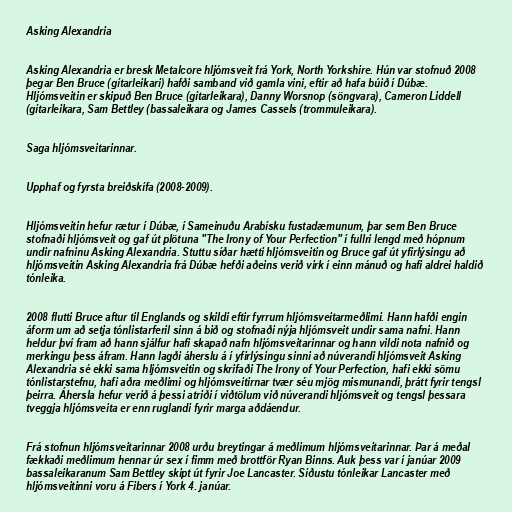
Asking Alexandria

Asking Alexandria er bresk Metalcore hljómsveit frá York, North Yorkshire. Hún var stofnuð 2008
þegar Ben Bruce (gítarleikari) hafði samband við gamla vini, eftir að hafa búið í Dúbæ.
Hljómsveitin er skipuð Ben Bruce (gítarleikara), Danny Worsnop (söngvara), Cameron Liddell
(gítarleikara, Sam Bettley (bassaleikara og James Cassels (trommuleikara).

Saga hljómsveitarinnar.

Upphaf og fyrsta breiðskífa (2008-2009).

Hljómsveitin hefur rætur í Dúbæ, í Sameinuðu Arabísku fustadæmunum, þar sem Ben Bruce
stofnaði hljómsveit og gaf út plötuna "The Irony of Your Perfection" í fullri lengd með hópnum
undir nafninu Asking Alexandria. Stuttu síðar hætti hljómsveitin og Bruce gaf út yfirlýsingu að
hljómsveitin Asking Alexandria frá Dúbæ hefði aðeins verið virk í einn mánuð og hafi aldrei haldið
tónleika.

2008 flutti Bruce aftur til Englands og skildi eftir fyrrum hljómsveitarmeðlimi. Hann hafði engin
áform um að setja tónlistarferil sinn á bið og stofnaði nýja hljómsveit undir sama nafni. Hann
heldur því fram að hann sjálfur hafi skapað nafn hljómsveitarinnar og hann vildi nota nafnið og
merkingu þess áfram. Hann lagði áherslu á í yfirlýsingu sinni að núverandi hljómsveit Asking
Alexandria sé ekki sama hljómsveitin og skrifaði The Irony of Your Perfection, hafi ekki sömu
tónlistarstefnu, hafi aðra meðlimi og hljómsveitirnar tvær séu mjög mismunandi, þrátt fyrir tengsl
þeirra. Áhersla hefur verið á þessi atriði í viðtölum við núverandi hljómsveit og tengsl þessara
tveggja hljómsveita er enn ruglandi fyrir marga aðdáendur.

Frá stofnun hljómsveitarinnar 2008 urðu breytingar á meðlimum hljómsveitarinnar. Þar á meðal
fækkaði meðlimum hennar úr sex í fimm með brottför Ryan Binns. Auk þess var í janúar 2009
bassaleikaranum Sam Bettley skipt út fyrir Joe Lancaster. Síðustu tónleikar Lancaster með
hljómsveitinni voru á Fibers í York 4. janúar.